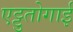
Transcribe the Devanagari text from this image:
एट्टुतोगाई